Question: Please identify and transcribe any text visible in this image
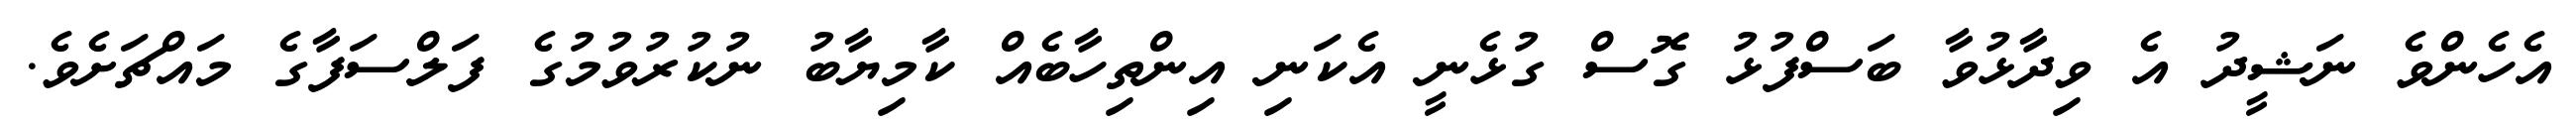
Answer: އެހެންވެ ނަޝީދު އެ ވިދާޅުވާ ބަސްފުޅު ގޮސް ގުޅެނީ އެކަނި އިންތިހާބެއް ކާމިޔާބު ނުކުރުވުމުގެ ފަލްސަފާގެ މައްޗަށެވެ.